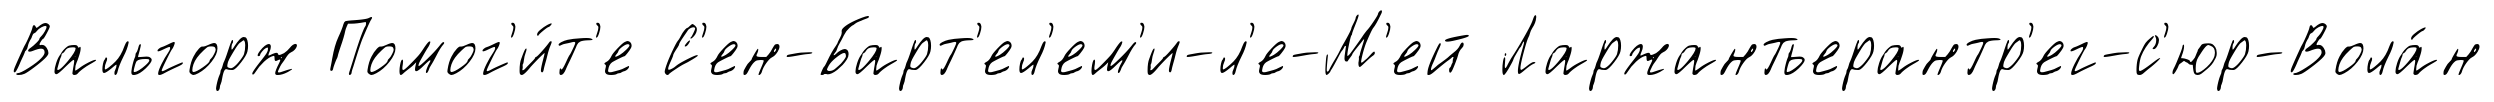
Вальгорж Помог'и́т'е С'ен-Барт'ел'ем'и-л'е-М'ей Ларжантьерантр'ег-с'юр-Вола́н